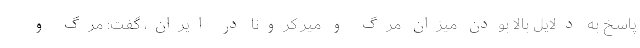
پاسخ به دلایل بالا بودن میزان مرگ و میر کرونا در ایران، گفت: مرگ و